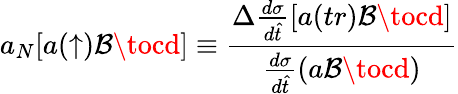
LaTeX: a_{N}[a(\uparrow)\mathcal{B}\tocd]\equiv{\frac{{\Delta{\frac{{d\sigma}}{{d\hat{{t}}}}}[a(tr)\mathcal{B}\tocd]}}{{{\frac{{d\sigma}}{{d\hat{{t}}}}}(a\mathcal{B}\tocd)}}}